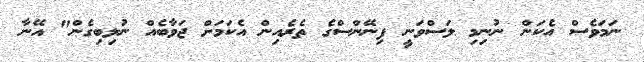
ނަމަވެސް އެކަން ނުނިމި ލަސްވަނީ ފިނޭންސްގެ ތެރެއިން އެކަމަށް ޖަވާބެއް ނުލިބިގެން" އޭނާ